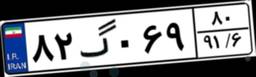
۸۲گ۰۶۹۸۰